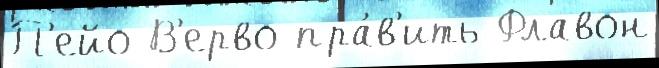
П'ейо В'ерво пра́в'ить Флавон